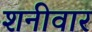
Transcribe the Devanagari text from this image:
शनीवार